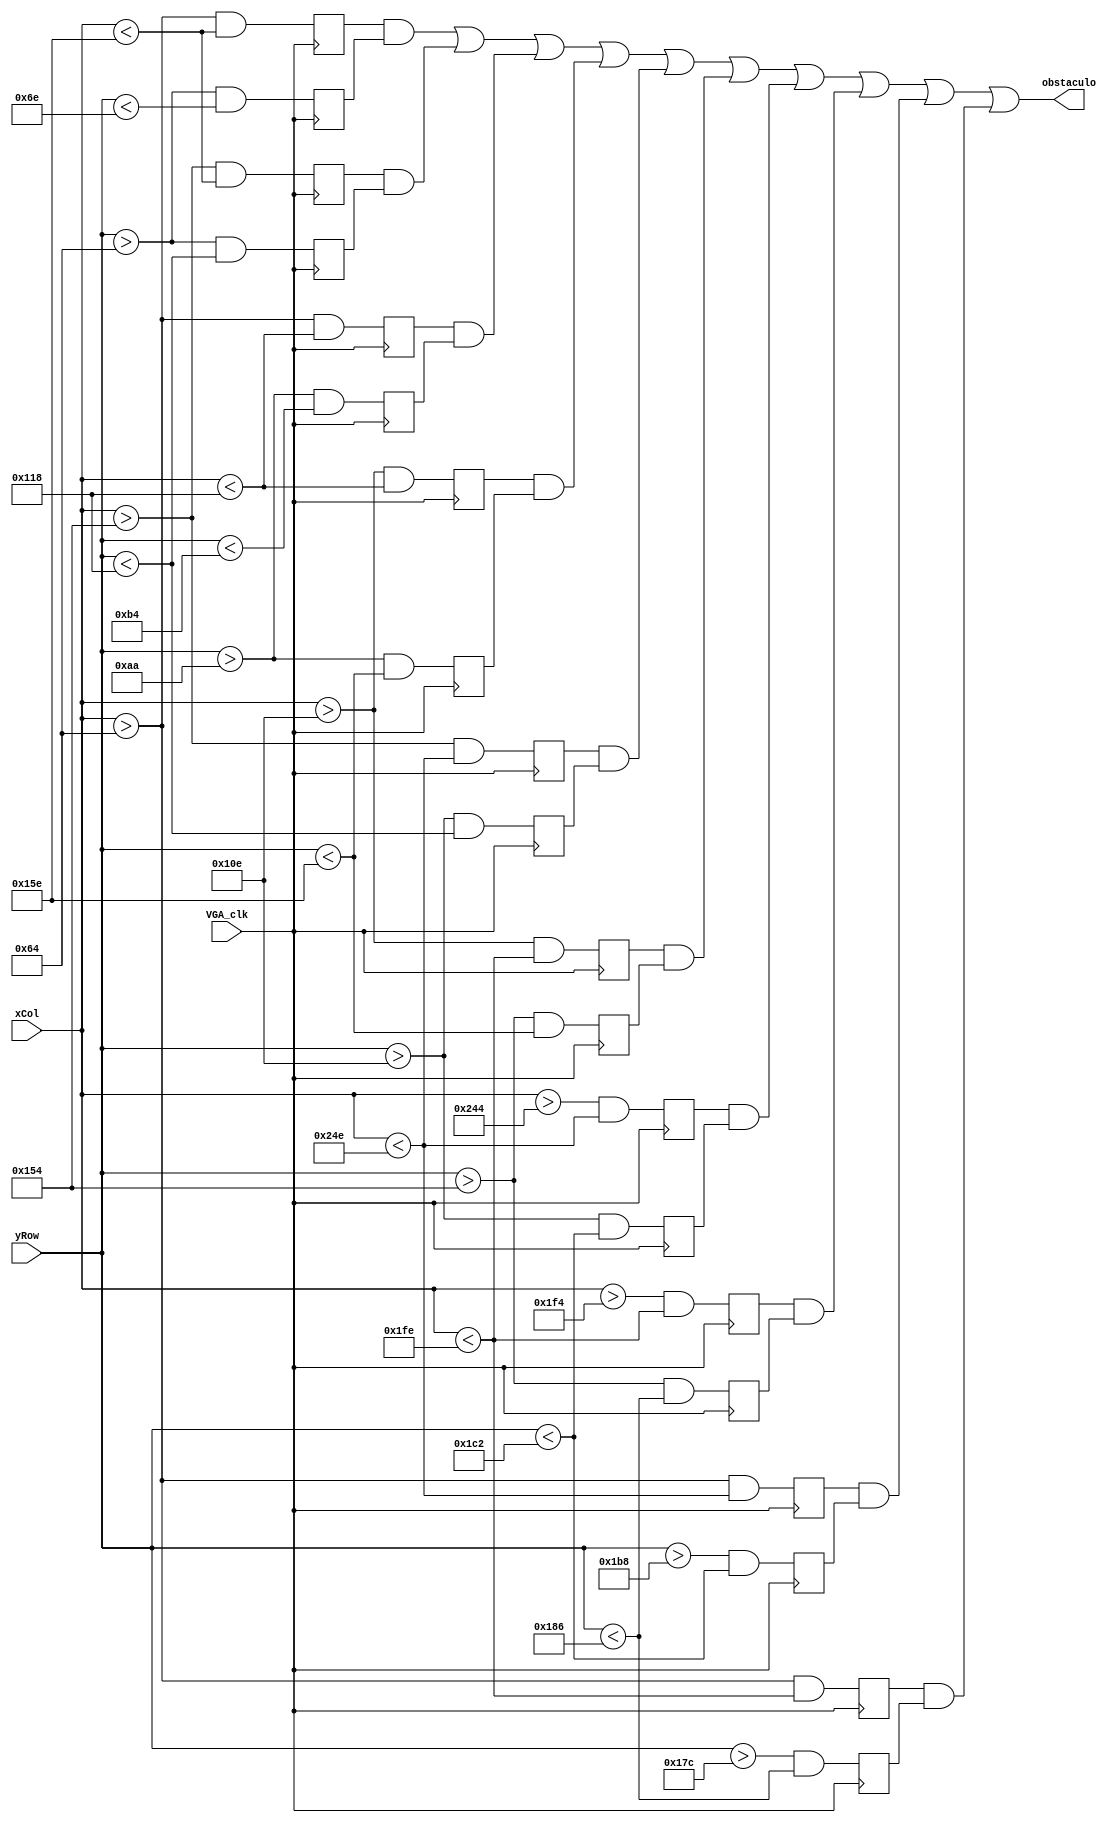
module desenha_obstaculo (
	input VGA_clk,
	input wire [9:0] xCol, //640
	input wire [8:0] yRow, //480
	output wire obstaculo
);

	localparam largura = 10;
	
	localparam obstaculo_01_ini_x = 100;
	localparam obstaculo_01_fin_x = 350;
	localparam obstaculo_01_y = 100;
	
	localparam obstaculo_02_x = 340;
	localparam obstaculo_02_ini_y = 100;
	localparam obstaculo_02_fin_y = 280;
	
	localparam obstaculo_03_ini_x = 100;
	localparam obstaculo_03_fin_x = 280;
	localparam obstaculo_03_y = 170;
	
	localparam obstaculo_04_x = 270;
	localparam obstaculo_04_ini_y = 170;
	localparam obstaculo_04_fin_y = 350;
	
	localparam obstaculo_05_ini_x = 340;
	localparam obstaculo_05_fin_x = 590;
	localparam obstaculo_05_y = 270;
	
	localparam obstaculo_06_ini_x = 270;
	localparam obstaculo_06_fin_x = 510;
	localparam obstaculo_06_y = 340;
	
	localparam obstaculo_07_x = 580;
	localparam obstaculo_07_ini_y = 270;
	localparam obstaculo_07_fin_y = 450;
	
	localparam obstaculo_08_x = 500;
	localparam obstaculo_08_ini_y = 340;
	localparam obstaculo_08_fin_y = 390;
	
	localparam obstaculo_09_ini_x = 100;
	localparam obstaculo_09_fin_x = 590;
	localparam obstaculo_09_y = 440;
	
	localparam obstaculo_10_ini_x = 100;
	localparam obstaculo_10_fin_x = 510;
	localparam obstaculo_10_y = 380;
	
	reg desenho_01_x, desenho_01_y;	
	reg desenho_02_x, desenho_02_y;	
	reg desenho_03_x, desenho_03_y;	
	reg desenho_04_x, desenho_04_y;
	reg desenho_05_x, desenho_05_y;	
	reg desenho_06_x, desenho_06_y;
	reg desenho_07_x, desenho_07_y;	
	reg desenho_08_x, desenho_08_y;
	reg desenho_09_x, desenho_09_y;	
	reg desenho_10_x, desenho_10_y;
	
	always @(negedge VGA_clk)
		begin
		// linha horizontal
			desenho_01_x <= (xCol > obstaculo_01_ini_x && xCol < obstaculo_01_fin_x);
			desenho_01_y <= (yRow > obstaculo_01_y && yRow < (obstaculo_01_y + largura));
		// linha vertical	
			desenho_02_x <= (xCol > obstaculo_02_x && xCol < (obstaculo_02_x + largura));
			desenho_02_y <= (yRow > obstaculo_02_ini_y && yRow < obstaculo_02_fin_y);
		// linha horizontal	
			desenho_03_x <= (xCol > obstaculo_03_ini_x && xCol < obstaculo_03_fin_x);
			desenho_03_y <= (yRow > obstaculo_03_y && yRow < (obstaculo_03_y + largura));
		// linha vertical		
			desenho_04_x <= (xCol > obstaculo_04_x && xCol < (obstaculo_04_x + largura));
			desenho_04_y <= (yRow > obstaculo_04_ini_y && yRow < obstaculo_04_fin_y);
		// linha horizontal	
			desenho_05_x <= (xCol > obstaculo_05_ini_x && xCol < obstaculo_05_fin_x);
			desenho_05_y <= (yRow > obstaculo_05_y && yRow < (obstaculo_05_y + largura));
		// linha horizontal	
			desenho_06_x <= (xCol > obstaculo_06_ini_x && xCol < obstaculo_06_fin_x);
			desenho_06_y <= (yRow > obstaculo_06_y && yRow < (obstaculo_06_y + largura));
		// linha vertical		
			desenho_07_x <= (xCol > obstaculo_07_x && xCol < (obstaculo_07_x + largura));
			desenho_07_y <= (yRow > obstaculo_07_ini_y && yRow < obstaculo_07_fin_y);
		// linha vertical		
			desenho_08_x <= (xCol > obstaculo_08_x && xCol < (obstaculo_08_x + largura));
			desenho_08_y <= (yRow > obstaculo_08_ini_y && yRow < obstaculo_08_fin_y);
		// linha horizontal	
			desenho_09_x <= (xCol > obstaculo_09_ini_x && xCol < obstaculo_09_fin_x);
			desenho_09_y <= (yRow > obstaculo_09_y && yRow < (obstaculo_09_y + largura));
		// linha horizontal	
			desenho_10_x <= (xCol > obstaculo_10_ini_x && xCol < obstaculo_10_fin_x);
			desenho_10_y <= (yRow > obstaculo_10_y && yRow < (obstaculo_10_y + largura));
		end
		
	assign obstaculo = (desenho_01_x && desenho_01_y) ||
							 (desenho_02_x && desenho_02_y) ||
							 (desenho_03_x && desenho_03_y) ||
							 (desenho_04_x && desenho_04_y) ||
							 (desenho_05_x && desenho_05_y) ||
							 (desenho_06_x && desenho_06_y) ||
							 (desenho_07_x && desenho_07_y) ||
							 (desenho_08_x && desenho_08_y) ||
							 (desenho_09_x && desenho_09_y) ||
							 (desenho_10_x && desenho_10_y);

endmodule